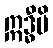
ဣဒ္ဓီပိ